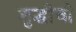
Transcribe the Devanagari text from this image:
शुद्धीची